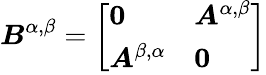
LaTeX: \boldsymbol{B}^{\alpha,\beta}=\left[\begin{array}{ll}{\boldsymbol{0}}&{\boldsymbol{A}^{\alpha,\beta}}\\ {\boldsymbol{A}^{\beta,\alpha}}&{\boldsymbol{0}}\end{array}\right]